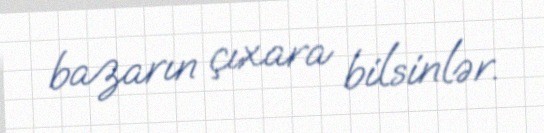
bazarın çıxara bilsinlər.